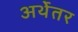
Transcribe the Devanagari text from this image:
अर्थेतर